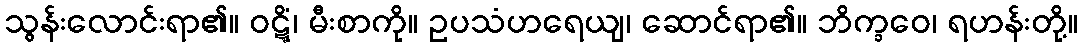
သွန်းလောင်းရာ၏။ ဝဋ္ဋိံ၊ မီးစာကို။ ဥပသံဟရေယျ၊ ဆောင်ရာ၏။ ဘိက္ခဝေ၊ ရဟန်းတို့။